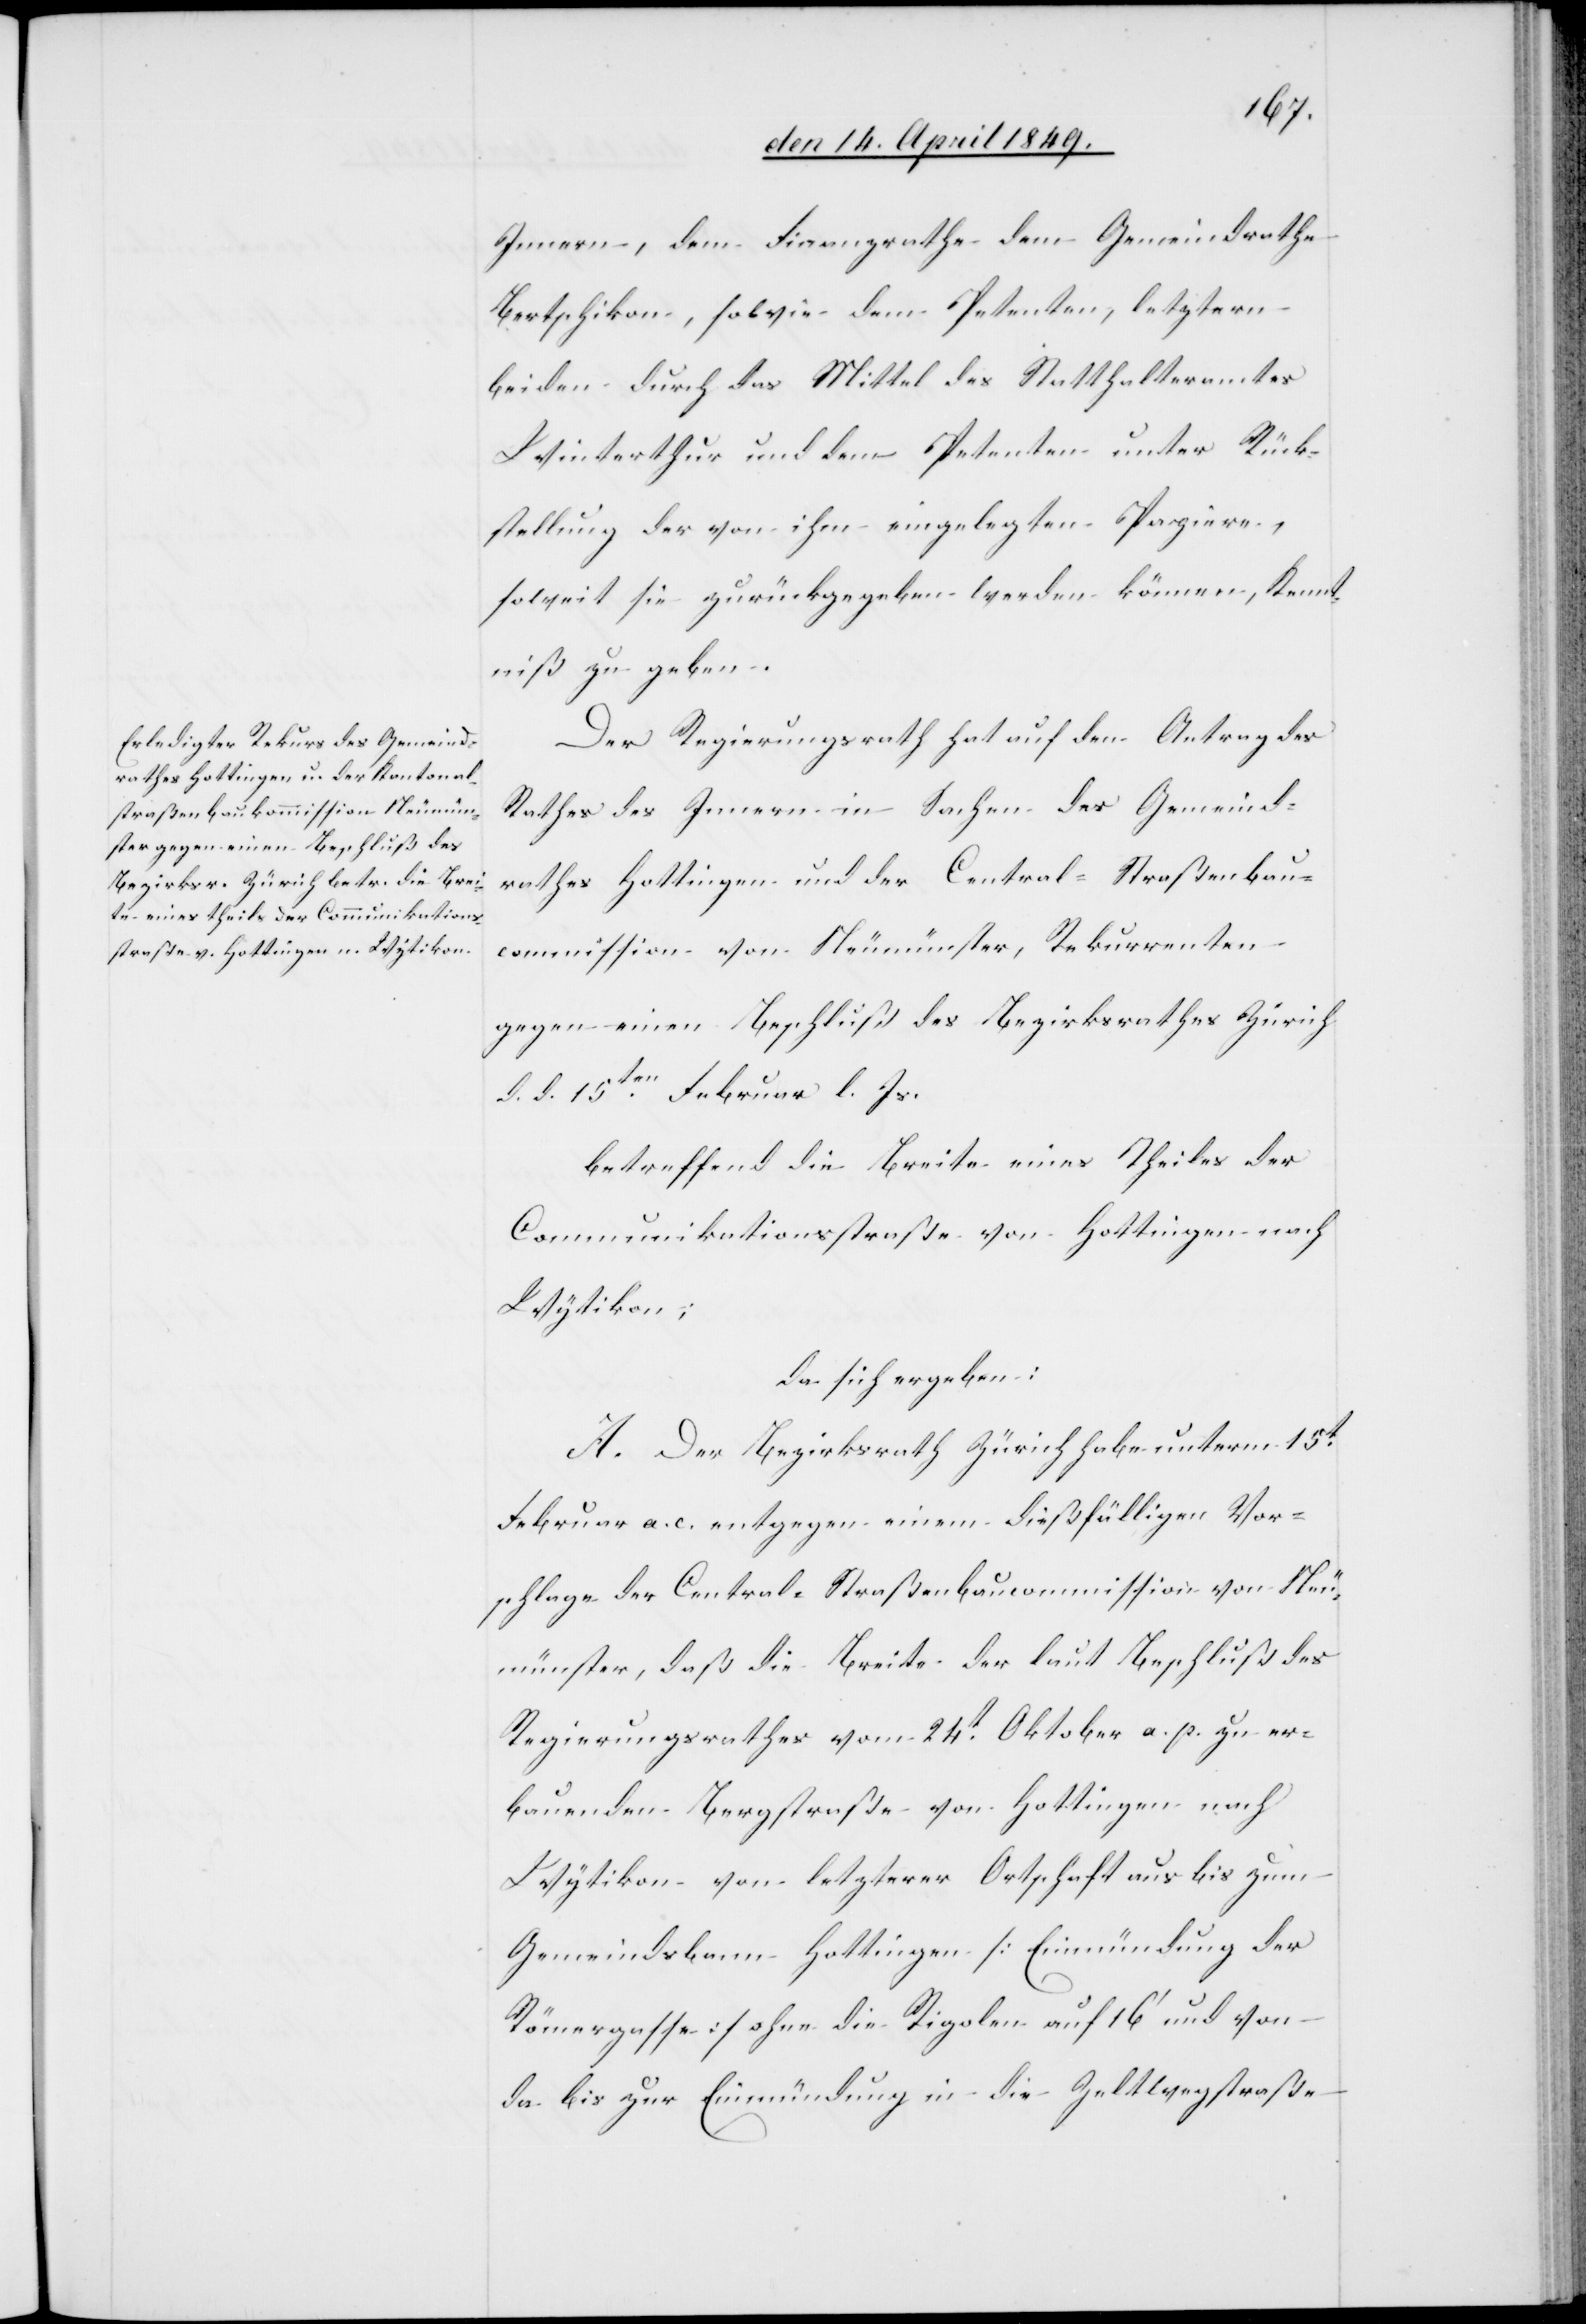
Innern, dem Finanzrathe dem Gemeindrathe
Bertschikon, sowie dem Petenten, letztern
beiden durch das Mittel des Statthalteramtes
Winterthur und dem Petenten unter Rück¬
stellung der von ihm eingelegten Papiere,
soweit sie zurückgegeben werden können, Kennt¬
niß zu geben.
Der Regierungsrath hat auf den Antrag des
Rathes des Innern in Sachen des Gemeind¬
rathes Hottingen und der Central-Straßenbau¬
commission von Neumünster, Rekurrenten
gegen einen Beschluß des Bezirksrathes Zürich
d. d. 15ten Februar l. Js.
betreffend die Breite eines Theiles der
Communikationsstraße von Hottingen nach
Wytikon;
da sich ergeben:
A. Der Bezirksrath Zürich habe unterm 15t
Februar a. c. entgegen einem dießfälligen Vor¬
schlage der Central-Straßenbaucommission von Neu¬
münster, daß die Breite der laut Beschluß des
Regierungsrathes vom 24t Oktober a. p. zu er¬
bauenden Bergstraße von Hottingen nach
Wytikon von letzterer Ortschaft aus bis zum
Gemeindsbann Hottingen [Einmündung der
Römergasse] ohne die Rigolen auf 16‘ und von
da bis zur Einmündung in die Zeltwegstraße